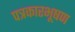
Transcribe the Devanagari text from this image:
पत्रकारभूषण